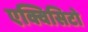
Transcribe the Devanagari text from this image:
एक्विसिटो